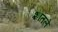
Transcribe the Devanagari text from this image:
शातले